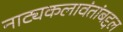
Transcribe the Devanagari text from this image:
नाट्यकलावंतांबद्दल